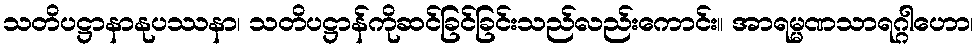
သတိပဋ္ဌာနာနုပဿနာ၊ သတိပဋ္ဌာန်ကိုဆင်ခြင်ခြင်းသည်လည်းကောင်း။ အာရမ္မဏသာရဂ္ဂါဟော၊